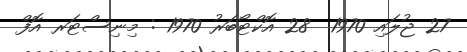
27 ޖުލައި 1970  28 އޮކްޓޯބަރު 1970 : މިނިސްޓަރ އޮފް